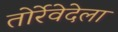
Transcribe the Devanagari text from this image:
तोर्रेवेदेला